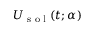
U _ { \textrm { s o l } } ( t ; \boldsymbol { \alpha } )